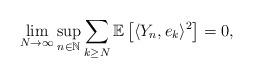
LaTeX: \begin{align*} \lim_{N\to\infty}\sup_{n\in\mathbb N} \sum_{k\geq N} \mathbb E\left[\langle Y_n, e_k\rangle^2 \right]= 0,\end{align*}